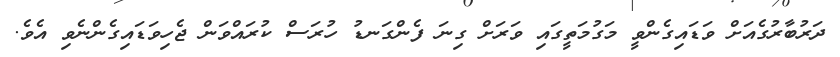
ދަރުބާރުގެއަށް ވަޑައިގެންވީ މަގުމަތީގައި ވަރަށް ގިނަ ފެންގަނޑު ހުރަސް ކުރައްވަން ޖެހިވަޑައިގެންނެވި އެވެ.